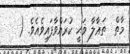
މާތް  ތަޢާލާ ޥަޙީ ކުރައްވާފައިވެއެވެ. (